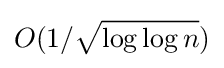
O(1/{\sqrt {\log \log n}})